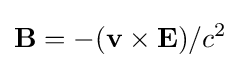
\mathbf {B} =-(\mathbf {v} \times \mathbf {E} )/c^{2}